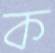
ক